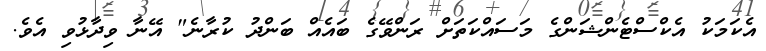
އެކަމަކު އެކްސްޓެންޝަންގެ މަސައްކަތަށް ރަންވޭގެ ބައެއް ބަންދު ކުރާނެ" އޭނާ ވިދާޅުވި އެވެ.